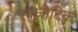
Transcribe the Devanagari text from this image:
एक्ज़ोटिक